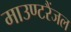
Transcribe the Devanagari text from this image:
माउण्टरैंजल